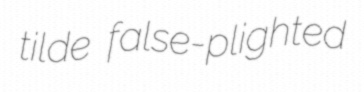
tilde false-plighted